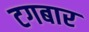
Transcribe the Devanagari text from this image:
टगबार